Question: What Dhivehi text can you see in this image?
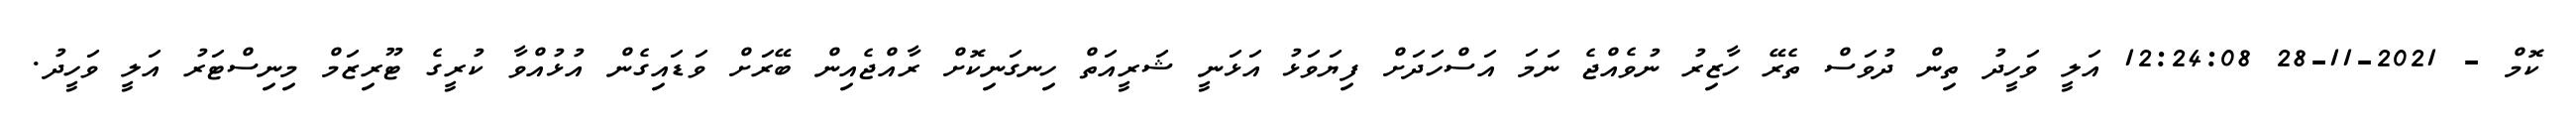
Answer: ކޮމް - 2021-11-28 12:24:08 އަލީ ވަހީދު ތިން ދުވަސް ތެރޭ ހާޒިރު ނުވެއްޖެ ނަމަ އަސްހަދަށް ފިޔަވަޅު އަޅަނީ ޝަރީއަތް ހިނގަނިކޮށް ރާއްޖެއިން ބޭރަށް ވަޑައިގެން އުޅުއްވާ ކުރީގެ ޓޫރިޒަމް މިނިސްޓަރު އަލީ ވަހީދު.